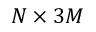
N \times 3 M